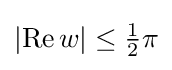
{\textstyle \left|\operatorname {Re} w\right|\leq {\tfrac {1}{2}}\pi }